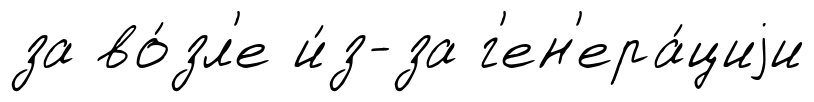
за во́зл'е и́з-за г'ен'ера́циjи